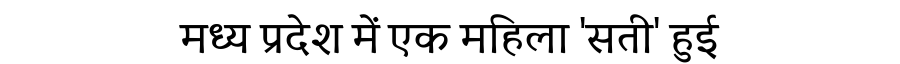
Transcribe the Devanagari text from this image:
मध्य प्रदेश में एक महिला 'सती' हुई